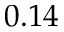
0 . 1 4